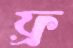
ফ্র